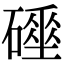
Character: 𥖌